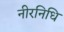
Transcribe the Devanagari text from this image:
नीरनिधि